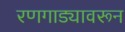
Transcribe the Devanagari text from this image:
रणगाड्यावरून